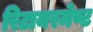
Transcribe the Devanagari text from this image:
रिटायरमेण्ट